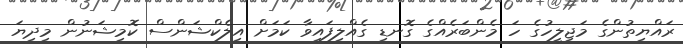
ރައްޔިތުންގެ މަޖިލީހުގެ ހަ މެންބަރެއްގެ ގޮނޑި ގެއްލިފައިވާ ކަމަށް އިލެކްޝަންސް ކޮމިޝަނުން މިދިޔަ